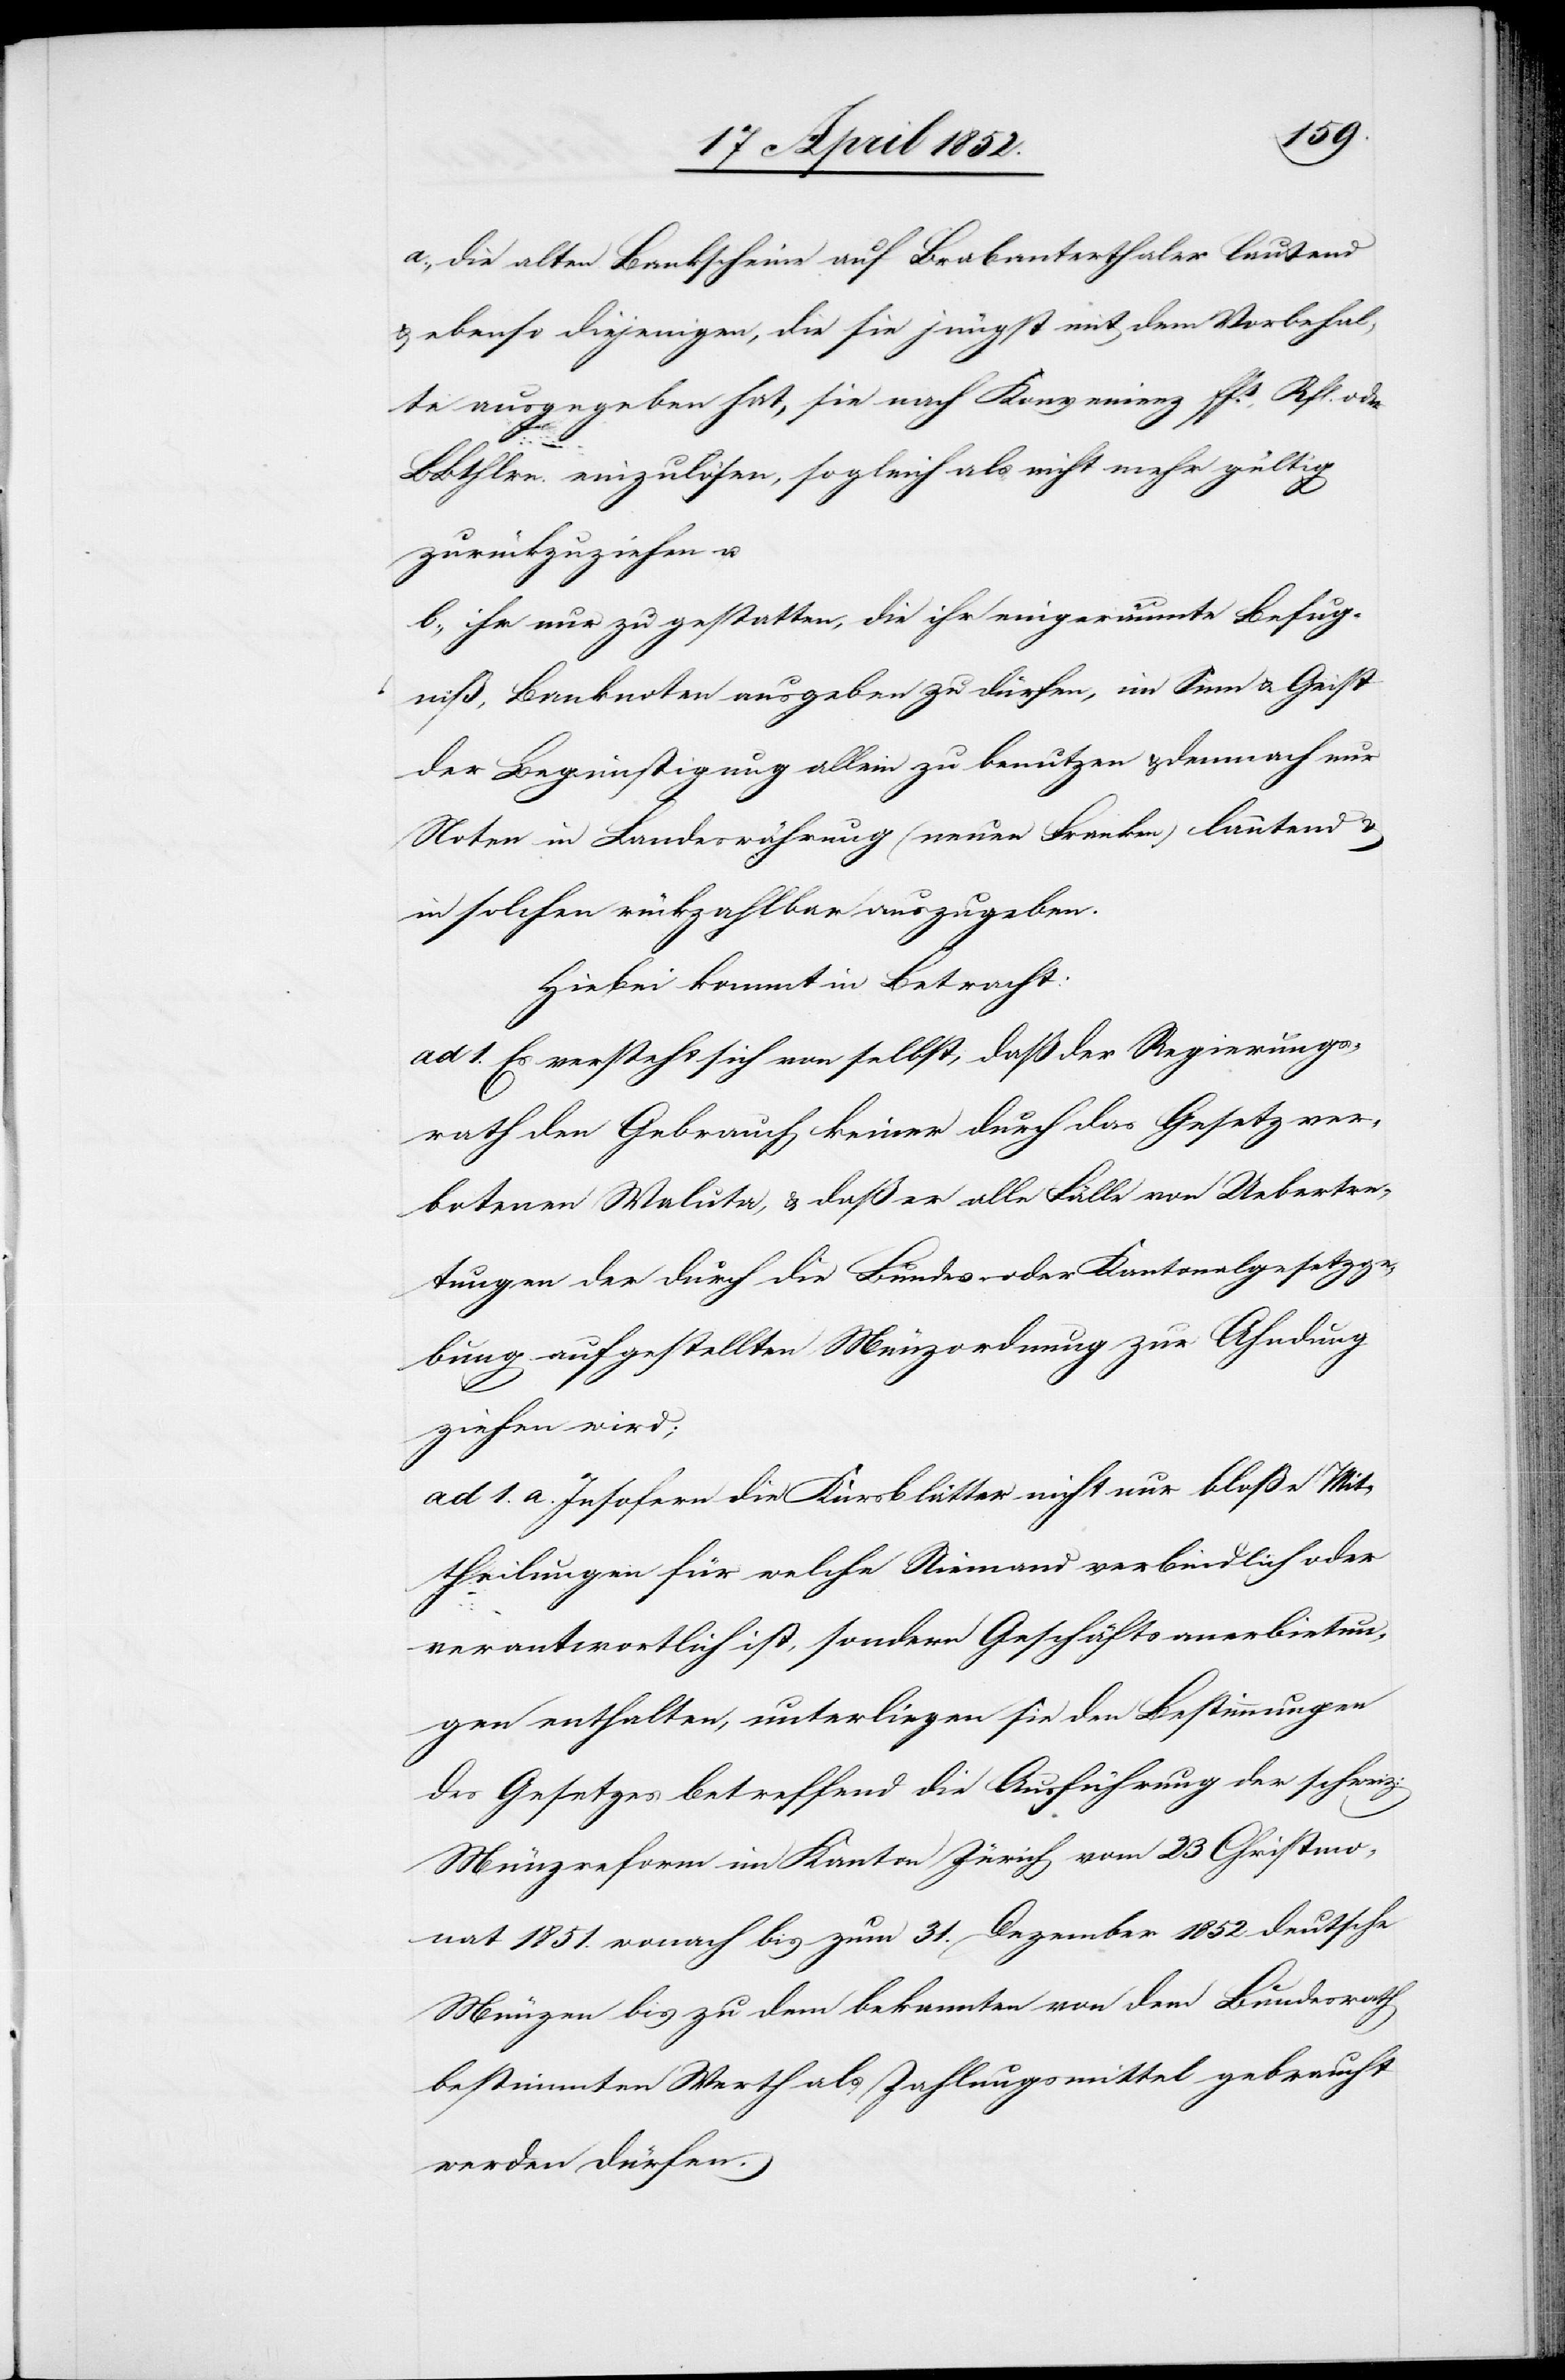
a., die alten Bankscheine auf Brabanterthaler lautend
& ebenso diejenigen, die sie jüngst mit dem Vorbehal¬
te ausgegeben hat, sie nach Konvenienz ffs., Rfl. oder
BBthlrn. einzulösen, sogleich als nicht mehr gültig
zurückzuziehen u.
b., ihr nur zu gestatten, die ihr eingeräumte Befug¬
niß, Banknoten ausgeben zu dürfen, im Sinn & Geist
der Begünstigung allein zu benutzen & demnach nur
Noten in Landeswährung (neuen Franken) lautend &
in solchen rückzahlbar auszugeben.
Hiebei kommt in Betracht:
ad 1. Es versteht sich von selbst, daß der Regierungs¬
rath den Gebrauch keiner durch das Gesetz ver¬
botenen Waluta [sic!], & daß er alle Fälle von Uebertre¬
tungen der durch die Bundes- oder Kantonalgesetzge¬
bung aufgestellten Münzordnung zur Ahndung
ziehen wird;
ad 1. a. Insofern die Kursblätter nicht nur bloße Mit¬
theilungen für welche Niemand verbindlich oder
verantwortlich ist, sondern Geschäftsanerbietun¬
gen enthalten, unterliegen sie den Bestimmungen
des Gesetzes betreffend die Ausführung der schweiz:
Münzreform im Kanton Zürich vom 23 Christmo¬
nat 1851. wonach bis zum 31. Dezember 1852 deutsche
Münzen bis zu dem bekannten von dem Bundesrath
bestimmten Werth als Zahlungsmittel gebraucht
werden dürfen.